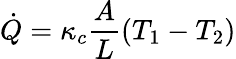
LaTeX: {\dot{Q}}=\kappa_{c}\frac{A}{L}(T_{1}-T_{2})